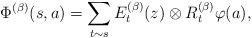
LaTeX: \begin{align*}\Phi^{(\beta)}(s,a) = \sum_{t \sim s} E_t^{(\beta)}(z)\otimes R_t^{(\beta)}\varphi(a),\end{align*}